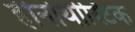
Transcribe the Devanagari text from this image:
हीनोथीस्टिक